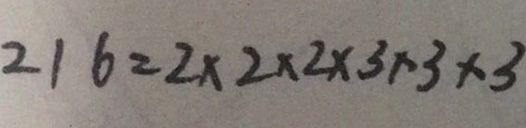
2 1 6 = 2 \times 2 \times 2 \times 3 \times 3 \times 3